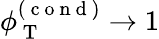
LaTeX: \phi_{\mathrm{~T~}}^{(\mathrm{~c~o~n~d~})}\rightarrow 1